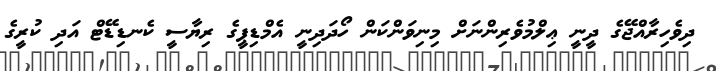
ދިވެހިރާއްޖޭގެ ދީނީ ޢިލްމުވެރިންނަށް މިނިވަންކަން ހޯދަދިނީ އެމްޑިޕީގެ ރިޔާސީ ކެނޑިޑޭޓް އަދި ކުރީގެ